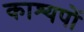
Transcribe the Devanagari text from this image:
काश्यपों